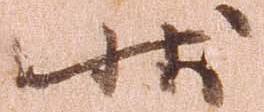
状